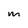
Character: m